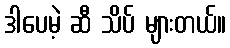
ဒါပေမဲ့ ဆီ သိပ် များတယ်။